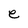
Character: e